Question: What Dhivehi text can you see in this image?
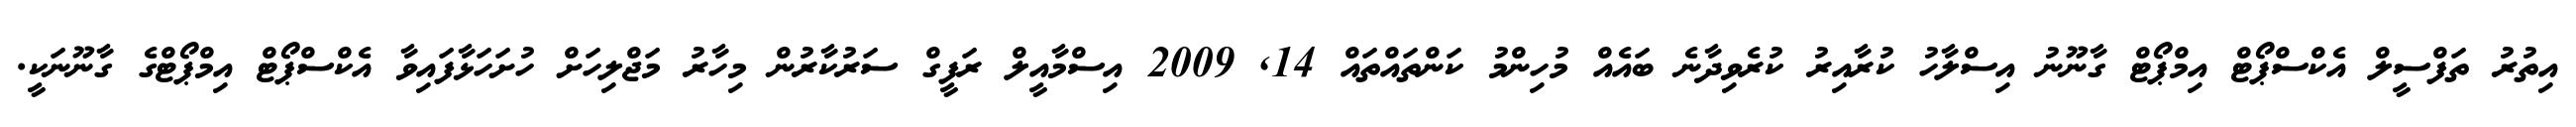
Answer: އިތުރު ތަފްސީލް އެކްސްޕޯޓް އިމްޕޯޓް ގާނޫނު އިސްލާހު ކުރާއިރު ކުރެވިދާނެ ބައެއް މުހިންމު ކަންތައްތައް 14, 2009 އިސްމާއީލް ރަފީގް ސަރުކާރުން މިހާރު މަޖްލިހަށް ހުށަހަޅާފައިވާ އެކްސްޕޯޓް އިމްޕޯޓްގެ ގާނޫނަކީ.